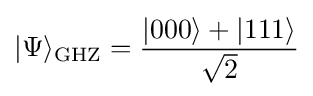
|\mathrm {\Psi } \rangle _{\rm {GHZ}}={\frac {|000\rangle +|111\rangle }{\sqrt {2}}}